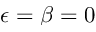
\epsilon = \beta = 0